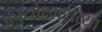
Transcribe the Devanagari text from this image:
कार्याक्ष्मरीत्या